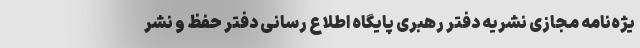
یژه‌نامه مجازی نشریه دفتر رهبری پایگاه اطلاع رسانی دفتر حفظ و نشر